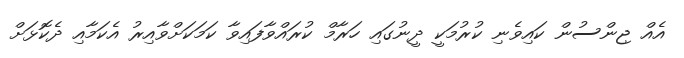
އެއް ޖިންސުން ކައިވެނި ކުރުމަކީ ދީނުގައި ހަރާމް ކުރައްވާފައިވާ ކަމަކަށްވާއިރު އެކަމާއި ދެކޮޅަށް